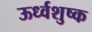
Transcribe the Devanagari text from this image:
ऊर्ध्वशुष्क